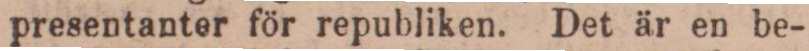
presentanter för republiken. Det är en be-